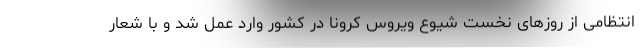
انتظامی از روزهای نخست شیوع ویروس کرونا در کشور وارد عمل شد و با شعار